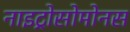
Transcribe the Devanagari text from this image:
नाइट्रोसोमोनस